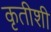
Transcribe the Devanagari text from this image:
कृतीशी